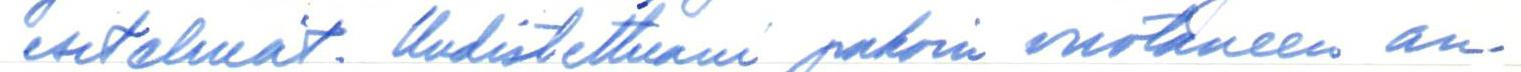
esitelmät. Uudistettuani pahoin vuotaneen an-